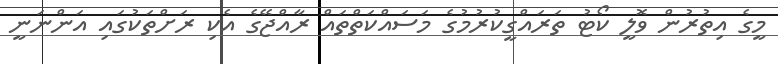
މީގެ އިތުރުން ވޮލީ ކޯޓު ތަރައްގީކުރުމުގެ މަސައްކަތްތައް ރާއްޖޭގެ އެކި ރަށްތަކުގައި އަންނަނީ